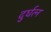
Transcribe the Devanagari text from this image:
दुर्घत्न